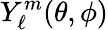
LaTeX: Y_{\ell}^{m}(\theta,\phi)